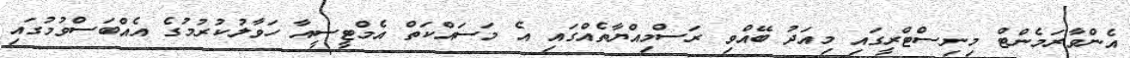
އެންވާރަމެންޓް މިނިސްޓްރީގައި މިއަދު ބޭއްވި ރަސްމިއްޔާތެއްގައި އެ މަސައްކަތް އެމްޓީސީއާ ހަވާލުކުރުމުގެ އެއްބަސްވުމުގައި